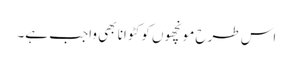
اس طرح مونچھوں کو کٹوانا بھی واجب ہے۔